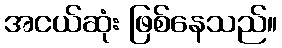
အငယ်ဆုံး ဖြစ်နေသည်။